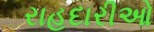
રાહદારીઓ